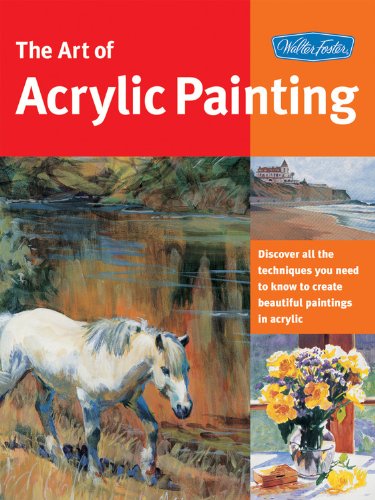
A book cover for Art of Acrylic Painting: Discover all the techniques you need to know to create beautiful paintings in acrylic (Collector's Series); Walter Foster Creative Team; Arts & Photography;